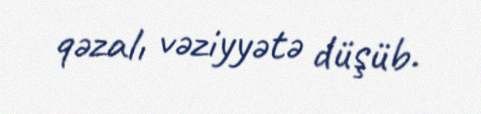
qəzalı vəziyyətə düşüb.